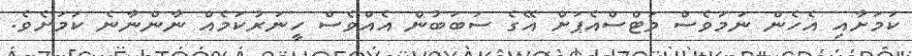
ކަމަށާއި އެހެން ނަމަވެސް ވަޓްސްއެޕަށް އޭގެ ސަބަބުން އެއްވެސް ހީނަރުކަމެއް ނާންނާނެ ކަމަށެވެ.